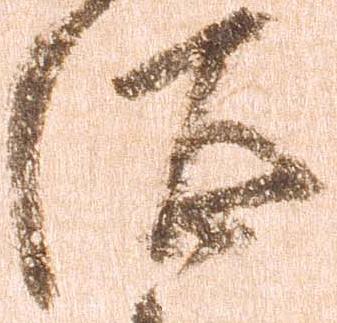
汰